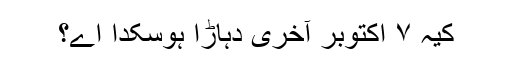
کیہ ۷ اکتوبر آخری دہاڑا ہوسکدا اے؟